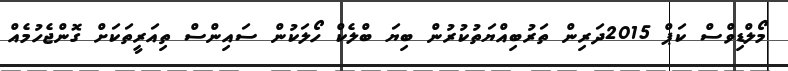
މޯލްޑިވްސް ކަޕް 2015ދަރިން ތަރުބިއްޔަތުކުރުން ބިޔަ ބްލެކް ހޯލަކުން ސައިންސް ތިއަރީތަކަށް ގޮންޖެހުމެއް